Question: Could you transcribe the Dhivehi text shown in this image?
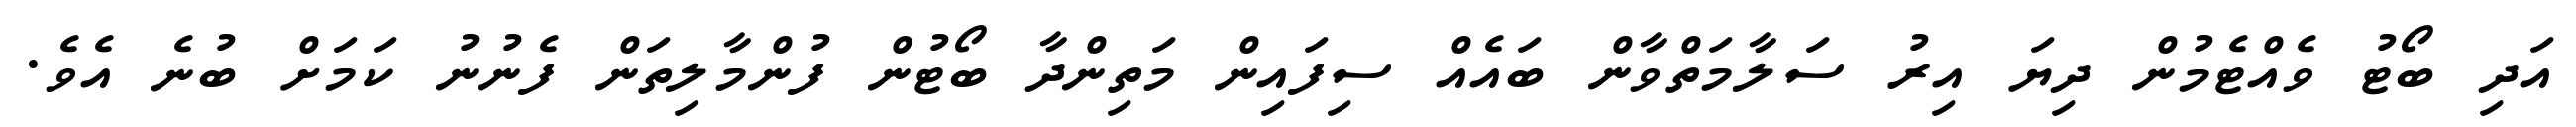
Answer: އަދި ބޯޓު ވެއްޓެމުން ދިޔަ އިރު ސަލާމަތްވާން ބައެއް ސިފައިން މަތިންދާ ބޯޓުން ފުންމާލިތަން ފެނުނު ކަމަށް ބުނެ އެވެ.